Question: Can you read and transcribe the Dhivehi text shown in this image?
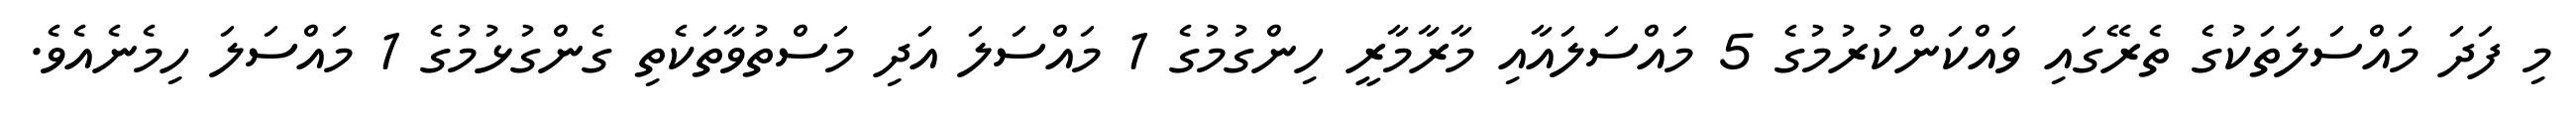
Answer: މި ފަދަ މައްސަލަތަކުގެ ތެރޭގައި ވައްކަންކުރުމުގެ 5 މައްސަލައާއި މާރާމާރީ ހިންގުމުގެ 1 މައްސަލަ އަދި މަސްތުވާތަކެތި ގެންގުޅުމުގެ 1 މައްސަލަ ހިމެނެއެވެ.